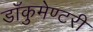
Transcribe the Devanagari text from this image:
डॉकुमेण्टरी